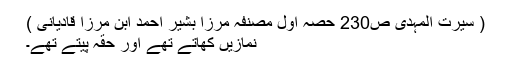
( سیرت المہدی ص230 حصہ اول مصنفہ مرزا بشیر احمد ابن مرزا قادیانی )
نمازیں کھاتے تھے اور حقہ پیتے تھے۔